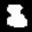
Label: 8